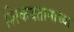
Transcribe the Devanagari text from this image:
शिकवतानाच्या